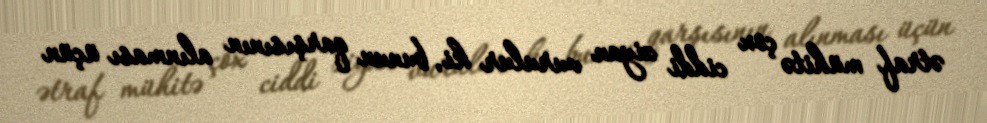
ətraf mühitə çox ciddi ziyan vurulur ki, bunun qarşısının alınması üçün